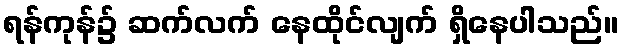
ရန်ကုန်၌ ဆက်လက် နေထိုင်လျက် ရှိနေပါသည်။